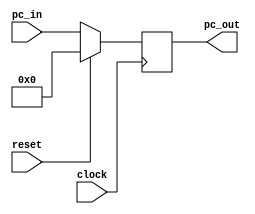
// file PC.v

module PC(
	input wire clock,
	input wire reset,
	input wire[31:0] pc_in,
	output reg[31:0] pc_out);
	
	initial begin
		pc_out = 32'h00000000;
	end
	
	always @(posedge clock) begin
		if (reset == 1'b1) begin
			pc_out <= 32'h00000000;
		end else begin
			pc_out <= pc_in;
		end
	end
	
endmodule